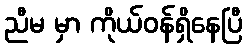
ညီမ မှာ ကိုယ်ဝန်ရှိနေပြီ